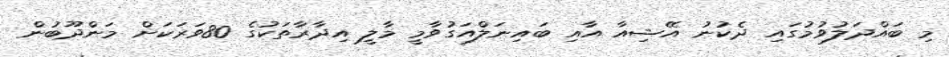
މި ބައްދަލުވުމުގައި ދެކުނު އޭޝިއާ އާއި ބައިނަލްއަގުވާމީ މާލީ އިދާރާތަކުގެ 80ވަރަކަށް މަންދޫބުން